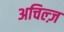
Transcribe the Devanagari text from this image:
अचिल्ज़